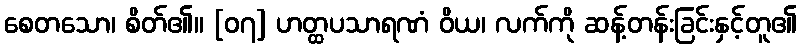
စေတသော၊ စိတ်၏။ [၀၇] ဟတ္ထပသာရဏံ ဝိယ၊ လက်ကို ဆန့်တန်းခြင်းနှင့်တူ၏